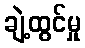
ချဲ့ထွင်မှု